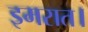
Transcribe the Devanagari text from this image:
इमरात।